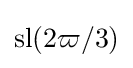
\operatorname {sl} (2\varpi /3)